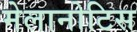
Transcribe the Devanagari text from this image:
मेलानोटिस